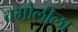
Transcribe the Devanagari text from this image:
चमोलीला